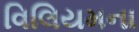
વિલિયમના